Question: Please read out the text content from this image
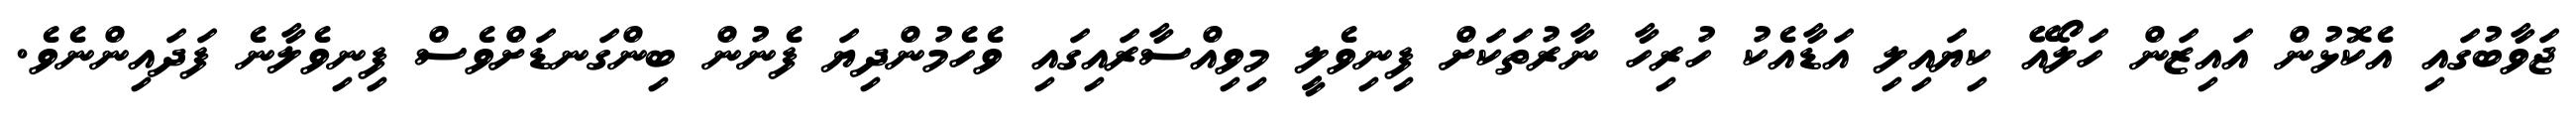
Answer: ޖަވާބުގައި އެކޮޅުން އައިޒަން ހަލޯއޭ ކިޔައިލި އަޑާއެކު ހުރިހާ ނާރުތަކަށް ފިނިވެލީ މިވިއްސާރައިގައި ވެހެމުންދިޔަ ފެނުން ބިންގަނޑަށްވެސް ފިނިވެލާނެ ފަދައިންނެވެ.